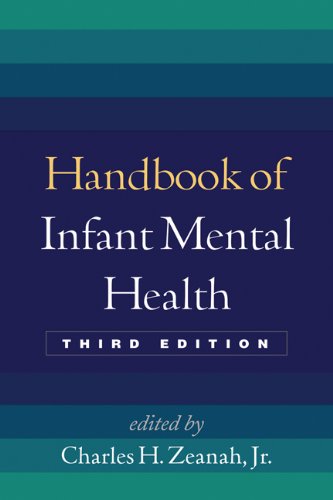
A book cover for Handbook of Infant Mental Health, Third Edition; Medical Books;